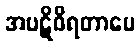
အပဋိဝိရတာပေ